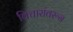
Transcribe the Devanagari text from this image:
विचारांवरून